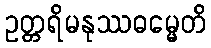
ဥတ္တရိမနုဿဓမ္မေတိ